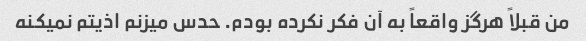
من قبلاً هرگز واقعاً به آن فکر نکرده بودم. حدس میزنم اذیتم نمیکنه